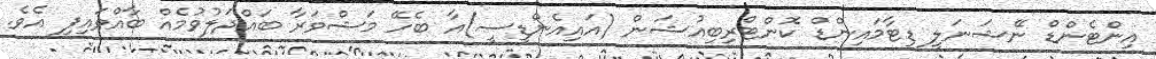
އިންޓެންޑް ނޭޝަނަލީ ޑިޓާމައިންޑް ކޮންޓްރިބިއުޝަން (އައިއެންޑީސީ)އާާ ބެހޭ މަޝްވަރާ ބައްދަލުވުމެއް ބާއްވައިފި އެވެ.